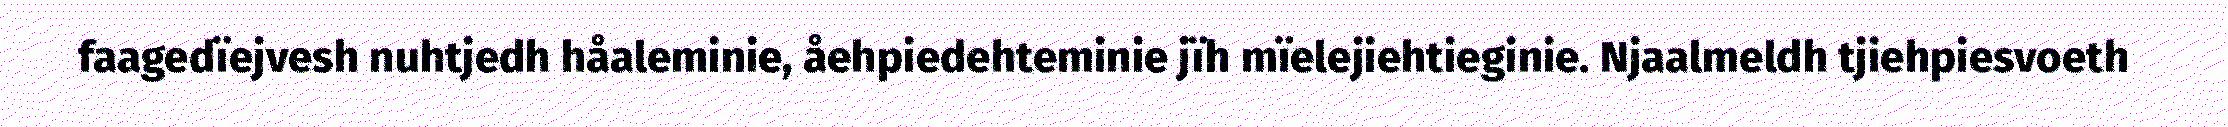
faagedïejvesh nuhtjedh håaleminie, åehpiedehteminie jïh mïelejiehtieginie. Njaalmeldh tjiehpiesvoeth